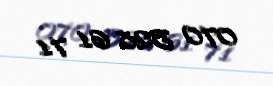
070 528 61 71